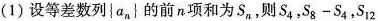
(1)设等差数列\left\{ a _ { n }\right\的前n项和为S_{n},则 S_{4},$$S _ { 8 } - S _ { 4 }$$,$$S _ { 1 2 }